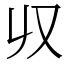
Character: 𠬞